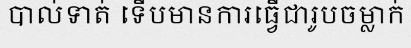
បាល់ទាត់ ទើបមានការធ្វើជារូបចម្លាក់